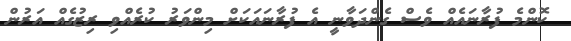
ކޮންމެ ފުރާނައެއް ވެސް ގެންދަވާނީ އެ ފުރާނައަކަށް މިންވަރު ކުރެއްވި ރިޒުގެއް އަރުން